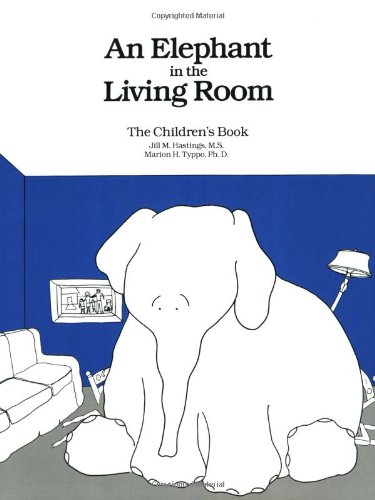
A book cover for An Elephant In the Living Room The Children's Book; Jill M. Hastings; Health, Fitness & Dieting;